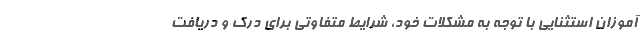
آموزان استثنایی با توجه به مشکلات خود، شرایط متفاوتی برای درک و دریافت